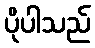
ပိုပါသည်